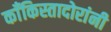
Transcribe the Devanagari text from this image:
काँकिस्तादोरांनी